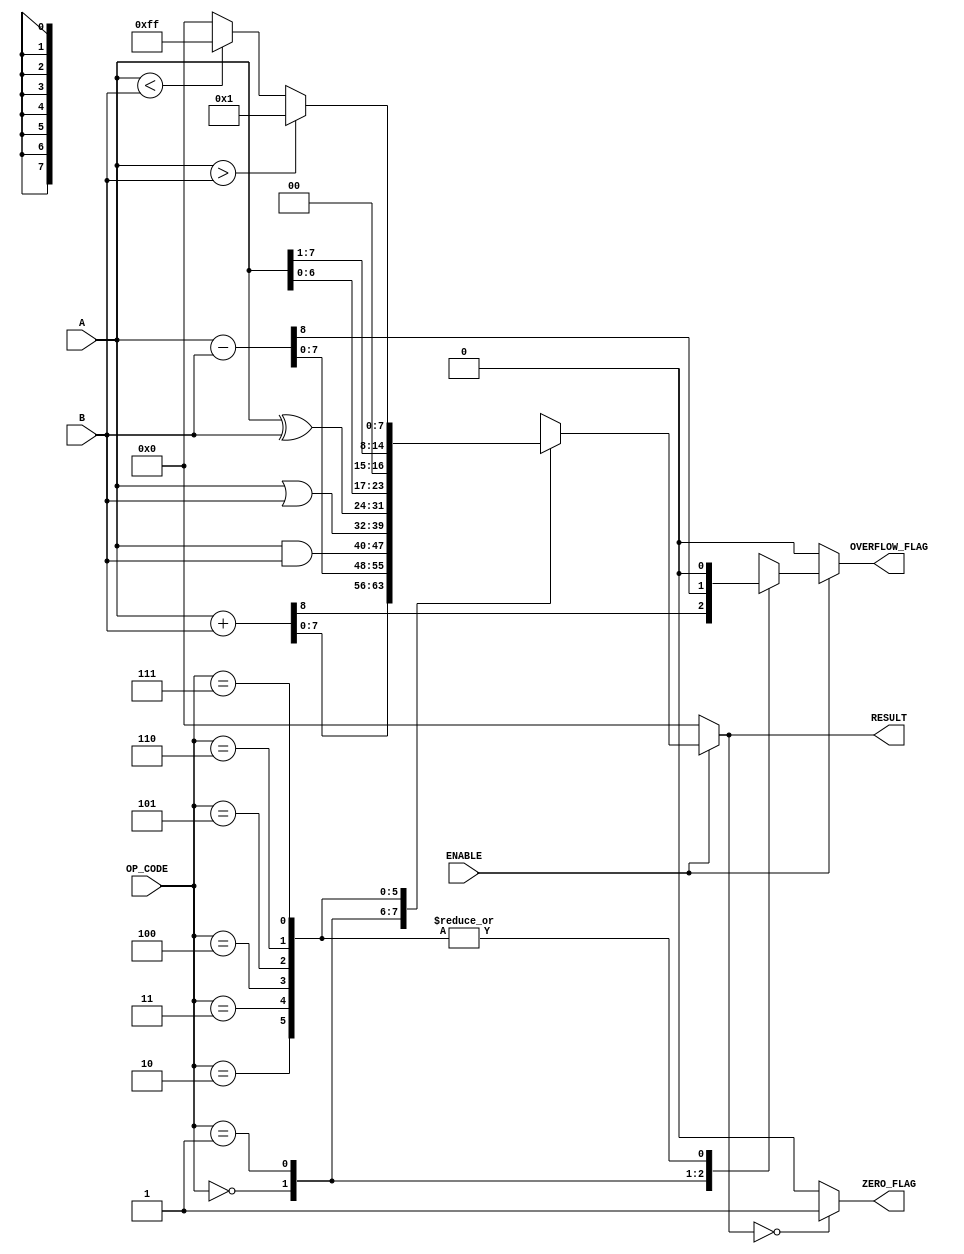
module ParameterizedALU #(
    parameter DATA_WIDTH = 8,        // Data width
    parameter OPERATION_COUNT = 3     // Number of operations (needs to accommodate the total operations)
) (
    input  wire [DATA_WIDTH-1:0] A,  // First operand
    input  wire [DATA_WIDTH-1:0] B,  // Second operand
    input  wire [OPERATION_COUNT-1:0] OP_CODE, // Operation code
    input  wire ENABLE,               // Enable signal
    output reg [DATA_WIDTH-1:0] RESULT, // Result output
    output reg ZERO_FLAG,             // Zero flag output
    output reg OVERFLOW_FLAG           // Overflow flag output
);

// Define operation codes
localparam ADD      = 3'b000;
localparam SUB      = 3'b001;
localparam AND      = 3'b010;
localparam OR       = 3'b011;
localparam XOR      = 3'b100;
localparam SHIFT_L  = 3'b101;
localparam SHIFT_R  = 3'b110;
localparam CMP      = 3'b111; // Comparison

always @(*) begin
    if (ENABLE) begin
        case (OP_CODE)
            ADD: begin
                {OVERFLOW_FLAG, RESULT} = A + B; // Capture overflow
            end
            SUB: begin
                {OVERFLOW_FLAG, RESULT} = A - B; // Capture overflow
            end
            AND: begin
                RESULT = A & B;
                OVERFLOW_FLAG = 1'b0; // No overflow for AND
            end
            OR: begin
                RESULT = A | B;
                OVERFLOW_FLAG = 1'b0; // No overflow for OR
            end
            XOR: begin
                RESULT = A ^ B;
                OVERFLOW_FLAG = 1'b0; // No overflow for XOR
            end
            SHIFT_L: begin
                RESULT = A << 1; // Shift left
                OVERFLOW_FLAG = 1'b0; // No overflow for shift
            end
            SHIFT_R: begin
                RESULT = A >> 1; // Shift right
                OVERFLOW_FLAG = 1'b0; // No overflow for shift
            end
            CMP: begin
                RESULT = (A > B) ? 1 : (A < B) ? -1 : 0; // Comparison
                OVERFLOW_FLAG = 1'b0; // No overflow for comparison
            end
            default: begin
                RESULT = {DATA_WIDTH{1'b0}}; // Default case
                OVERFLOW_FLAG = 1'b0;
            end
        endcase
    end else begin
        RESULT = {DATA_WIDTH{1'b0}}; // Output zero when not enabled
        OVERFLOW_FLAG = 1'b0;
    end

    // Set the ZERO_FLAG based on the RESULT
    ZERO_FLAG = (RESULT == {DATA_WIDTH{1'b0}}) ? 1'b1 : 1'b0;
end

endmodule